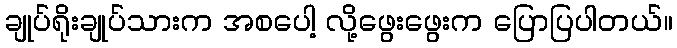
ချုပ်ရိုးချုပ်သားက အစပေါ့ လို့ဖွေးဖွေးက ပြောပြပါတယ်။